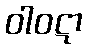
ဝါဝဋာ